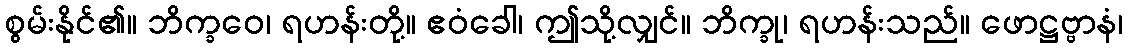
စွမ်းနိုင်၏။ ဘိက္ခဝေ၊ ရဟန်းတို့။ ဧဝံခေါ၊ ဤသို့လျှင်။ ဘိက္ခု၊ ရဟန်းသည်။ ဖောဋ္ဌဗ္ဗာနံ၊